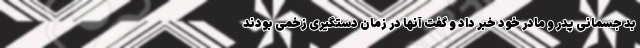
بد جسمانی پدر و مادر خود خبر داد و گفت آنها در زمان دستگیری زخمی بودند